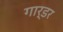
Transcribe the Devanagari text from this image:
गार्डर